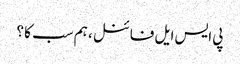
پی ایس ایل فائنل ، ہم سب کا ؟